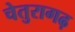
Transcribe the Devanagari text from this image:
चेतुरागढ़